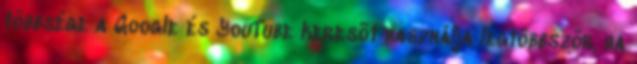
többsége a Google és YouTube keresõt használja legtöbbször, ha